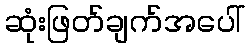
ဆုံးဖြတ်ချက်အပေါ်